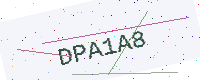
Text: DPA1A8